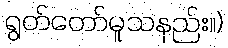
ရွတ်တော်မူသနည်း။)